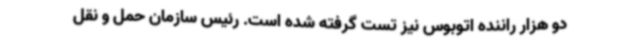
دو هزار راننده اتوبوس نیز تست گرفته شده است. رئیس سازمان حمل و نقل